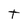
Character: t